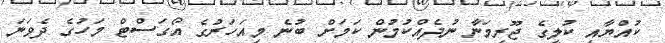
ކުއްޔާއި ކުލީގެ ޖޫރިމަނާ ނުދެއްކުމުން ކަމަށް ބުނެ މިއަހަރުގެ އޯގަސްޓް މަހުގެ ދެވަނަ